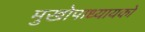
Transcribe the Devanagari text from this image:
मुखोपाध्यायको